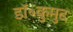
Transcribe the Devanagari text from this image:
डॉ॰कुमुद